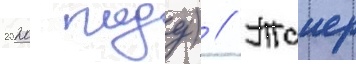
2020 году) // Таиер